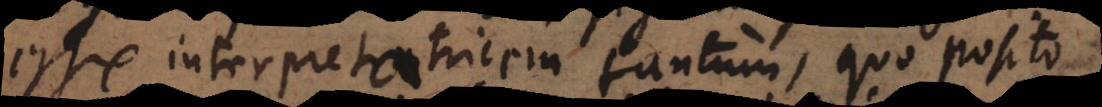
esse interpretatricem tantum, quo pos